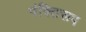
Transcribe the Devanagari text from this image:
पंक्तिरूप